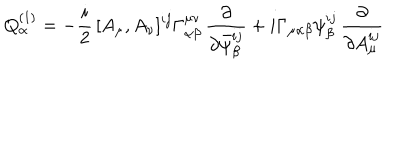
LaTeX: Q _ { \alpha } ^ { ( 1 ) } = - \frac { i } { 2 } \, [ A _ { \mu } , A _ { \nu } ] ^ { i j } \Gamma _ { \alpha \beta } ^ { \mu \nu } \, \frac { \partial } { \partial \bar { \psi } _ { \beta } ^ { i j } } + i \Gamma _ { \mu \alpha \beta } \psi _ { \beta } ^ { i j } \, \frac { \partial } { \partial A _ { \mu } ^ { i j } }